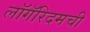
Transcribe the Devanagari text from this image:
लॉगॅरिदमची